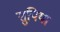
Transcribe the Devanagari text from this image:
सुपिया